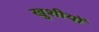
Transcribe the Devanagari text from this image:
खुशीयों